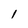
Character: 1